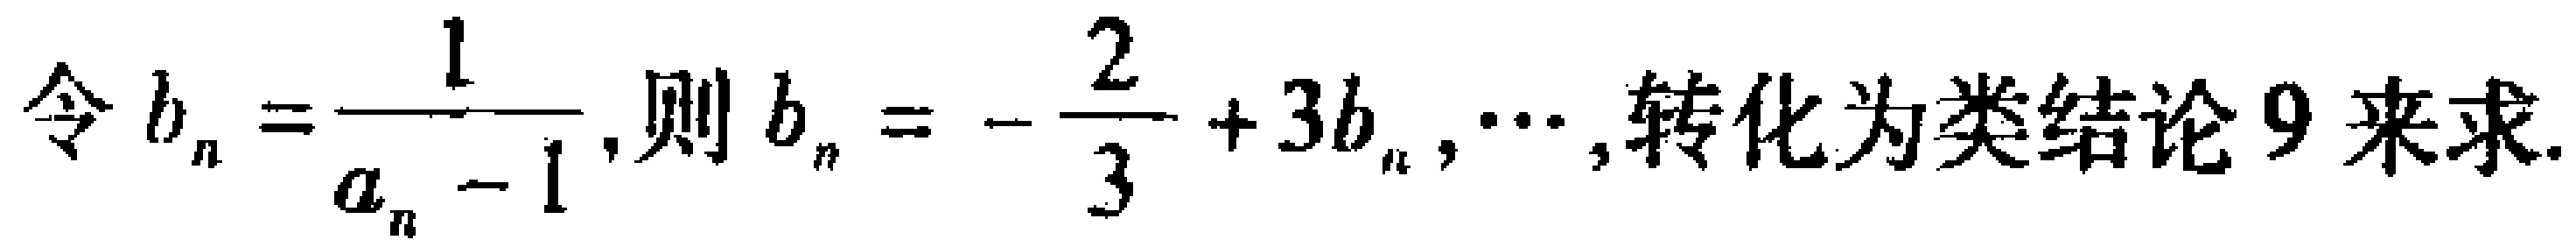
令$b_{n}=\frac{1}{a_{n}-1}$,则$b_{n}=-\frac{2}{3}+3b_{n},\cdots,$转化为类结论9来求.